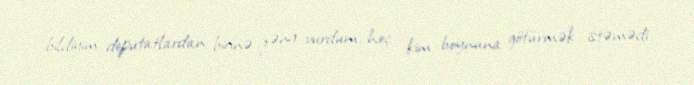
bildiyim deputatlardan birinə zəng vurdum, heç kim boynuna götürmək istəmədi.